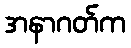
အနာဂတ်က